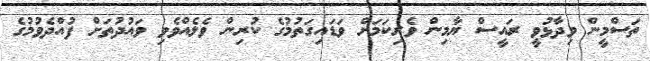
ތަސްމީން ވިދާޅުވީ ރައީސް ޔާމިން ވެރިކަމަށް ވަޑައިގަތުމުގެ ކުރިން ވެލެއްވެވި ވައުދުތަށް ފުއްދެވުމުގެ